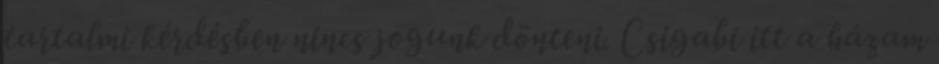
tartalmi kérdésben nincs jogunk dönteni. Csigabi itt a házam